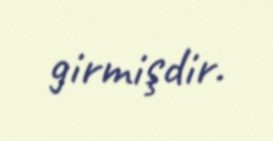
girmişdir.